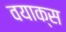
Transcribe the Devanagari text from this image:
वयाक्स